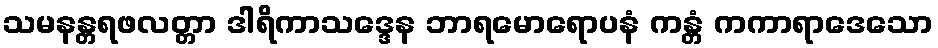
သမနန္တရဖလတ္တာ ဒါရိကာသဒ္ဒေန ဘာရမောရောပနံ ကန္တံ ကကာရာဒေသော